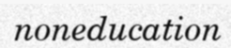
noneducation